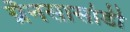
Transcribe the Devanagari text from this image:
ग्रैनसासोडी